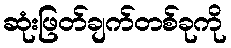
ဆုံးဖြတ်ချက်တစ်ခုကို